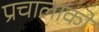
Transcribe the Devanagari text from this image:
प्रचालाकों